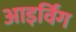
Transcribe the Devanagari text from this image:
आइर्विंग